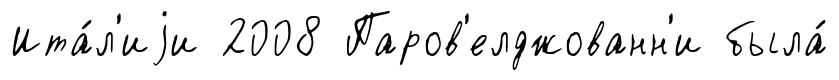
Ита́л'иjи 2008 Паров'елджованн'и была́